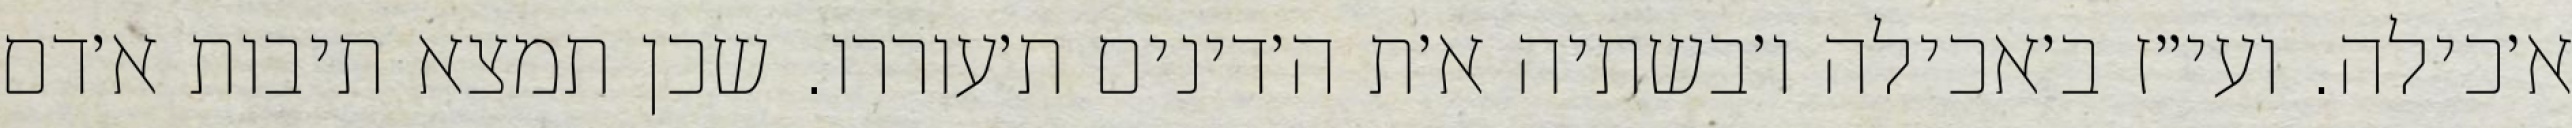
א׳כילה. ועי״ז ב׳אכילה ו׳בשתיה א׳ת ה׳דינים ת׳עוררו. שכן תמצא תיבות א׳דם